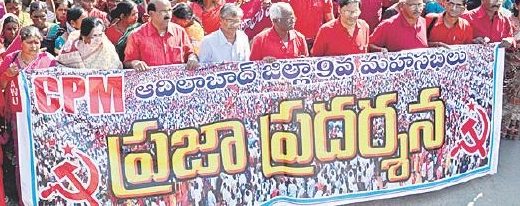
Language: telugu
Transcription: మహసభలు ప్రజా ప్రదర్శన జల్లా